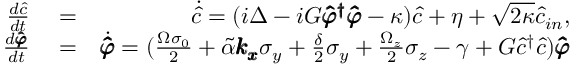
\begin{array} { r l r } { \frac { d \hat { c } } { d t } } & { { } = } & { \dot { \hat { c } } = ( i \Delta - i G \pmb { \hat { \varphi } ^ { \dag } \hat { \varphi } } - \kappa ) \hat { c } + \eta + \sqrt { 2 \kappa } \hat { c } _ { i n } , } \\ { \frac { d \pmb { \hat { \varphi } } } { d t } } & { { } = } & { \dot { \pmb { \hat { \varphi } } } = ( \frac { \Omega \sigma _ { 0 } } { 2 } + \tilde { \alpha } \pmb { k _ { x } } \sigma _ { y } + \frac { \delta } { 2 } \sigma _ { y } + \frac { \Omega _ { z } } { 2 } \sigma _ { z } - \gamma + G \hat { c } ^ { \dag } \hat { c } ) \pmb { \hat { \varphi } } } \end{array}